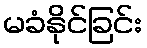
မခံနိုင်ခြင်း